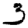
Digit: 3